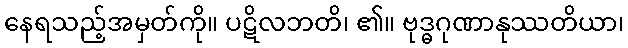
နေရသည့်အမှတ်ကို။ ပဋိလဘတိ၊ ၏။ ဗုဒ္ဓဂုဏာနုဿတိယာ၊